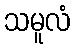
သမူလံ